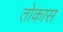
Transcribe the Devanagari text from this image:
तोकास